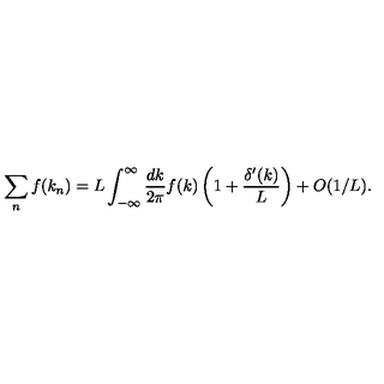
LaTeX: \sum _ { n } f ( k _ { n } ) = L \int _ { - \infty } ^ { \infty } { \frac { d k } { 2 \pi } } f ( k ) \left( 1 + { \frac { \delta ^ { \prime } ( k ) } { L } } \right) + O ( 1 / L ) .